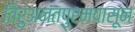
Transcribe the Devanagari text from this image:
तिरुअनंतपुरमपासून